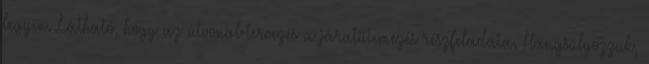
legyen. Látható, hogy az útvonal-tervezés a járatütemezés részfeladata. Hangsúlyozzuk,